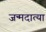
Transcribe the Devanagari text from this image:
जन्मदात्या